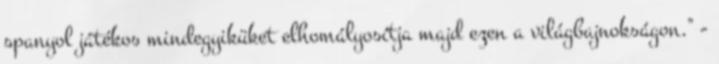
spanyol játékos mindegyiküket elhomályosítja majd ezen a világbajnokságon." -